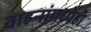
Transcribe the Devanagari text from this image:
वाहनांमध्येही